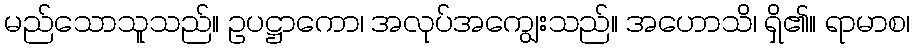
မည်သောသူသည်။ ဥပဋ္ဌာကော၊ အလုပ်အကျွေးသည်။ အဟောသိ၊ ရှိ၏။ ရာမာစ၊